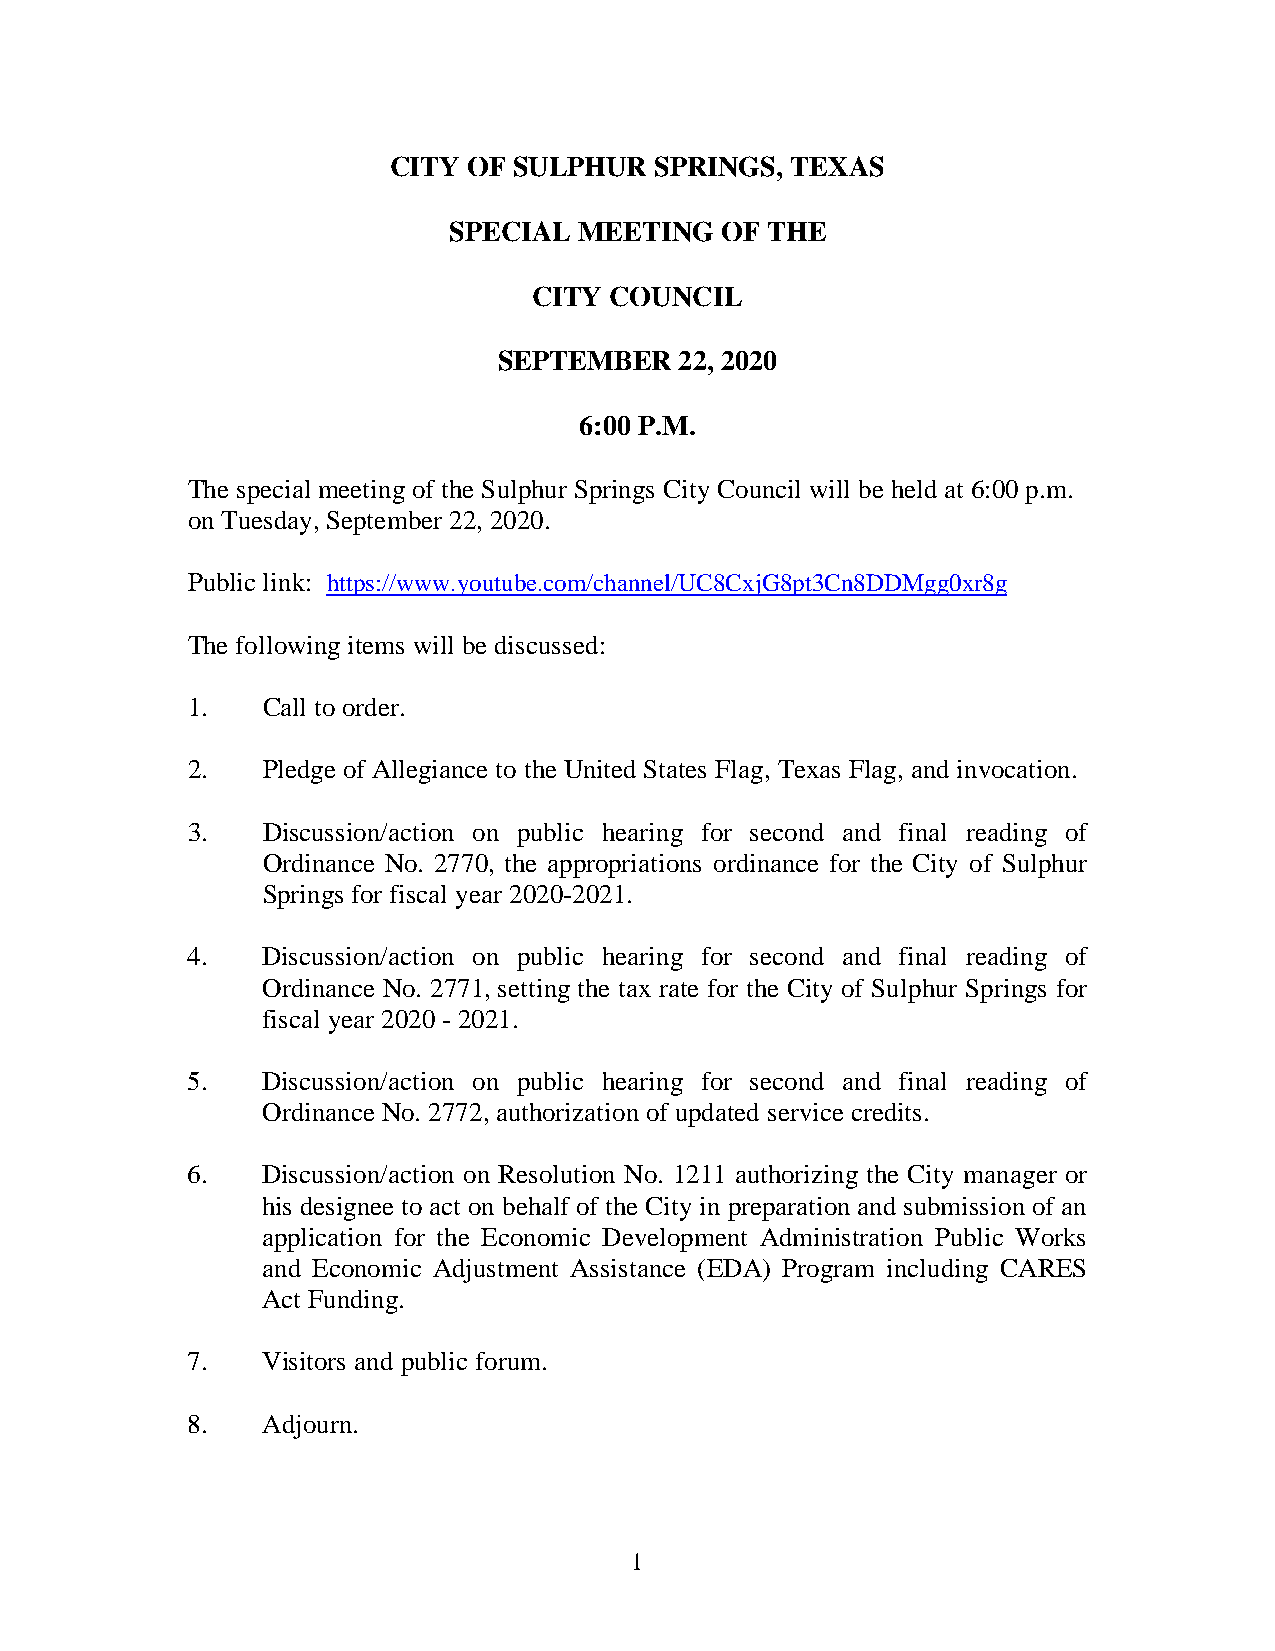
CITY OF SULPHUR  SPRINGS, TEXAS
 SPECIAL MEETING   OF THE
 CITY COUNCIL
 SEPTEMBER   22, 2020
 6:00 P.M.
 The special meeting of the Sulphur Springs City Council will be held at 6:00 p.m.
 on Tuesday, September 22, 2020.
 Public link: https://www.youtube.com/channel/UC8CxjG8pt3Cn8DDMgg0xr8g
 The following items will be discussed:
 1.   Call to order.
 2.   Pledge of Allegiance to the United States Flag, Texas Flag, and invocation.
 3.   Discussion/action on public hearing for second and final reading of
 Ordinance No. 2770, the appropriations ordinance for the City of Sulphur
 Springs for fiscal year 2020-2021.
 4.   Discussion/action on public hearing for second and final reading of
 Ordinance No. 2771, setting the tax rate for the City of Sulphur Springs for
 fiscal year 2020 - 2021.
 5.   Discussion/action on public hearing for second and final reading of
 Ordinance No. 2772, authorization of updated service credits.
 6.   Discussion/action on Resolution No. 1211 authorizing the City manager or
 his designee to act on behalf of the City in preparation and submission of an
 application for the Economic Development Administration Public Works
 and Economic Adjustment Assistance (EDA) Program including CARES
 Act Funding.
 7.   Visitors and public forum.
 8.   Adjourn.
 1